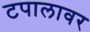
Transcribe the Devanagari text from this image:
टपालावर